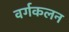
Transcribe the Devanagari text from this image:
वर्गकलन